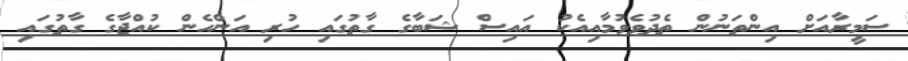
ސަމީރާއަށް އިންތަނުން ތެދުވެވުމާއިއެކު އައިސް ޝަބާގެ ގާތުގައި ހުރި އަންހެން ކުއްޖާގެ ގާތުގައި